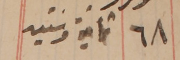
٦٨ ثمانية وستين